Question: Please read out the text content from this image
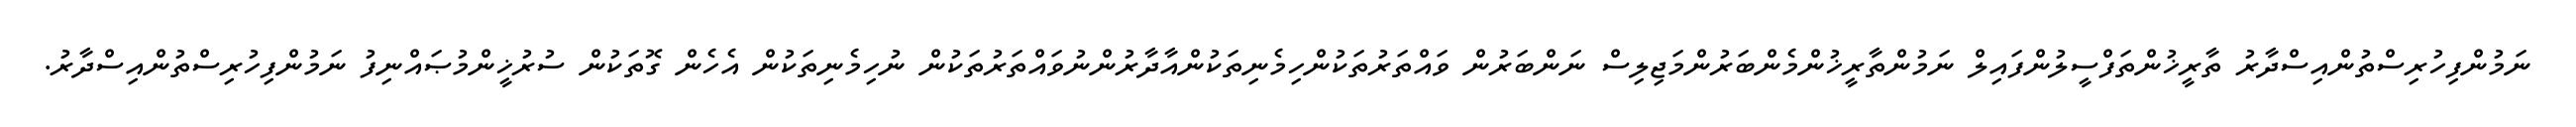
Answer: ނަމުންފިހުރިސްތުންއިސްދާރު ތާރީޚުންތަފްސީލުންފައިލް ނަމުންތާރީޚުންމެންބަރުންމަޖިލިސް ނަންބަރުން ވައްތަރުތަކުންހިމެނިތަކުންއާދާރުންނުވައްތަރުތަކުން ނުހިމެނިތަކުން އެހެން ގޮތަކުން ސުރުޚީންމުޞައްނިފު ނަމުންފިހުރިސްތުންއިސްދާރު.